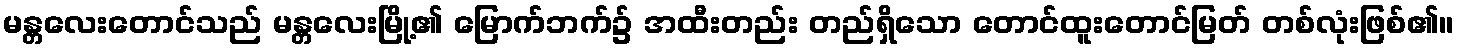
မန္တလေးတောင်သည် မန္တလေးမြို့၏ မြောက်ဘက်၌ အထီးတည်း တည်ရှိသော တောင်ထူးတောင်မြတ် တစ်လုံးဖြစ်၏။